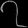
Digit: ၇